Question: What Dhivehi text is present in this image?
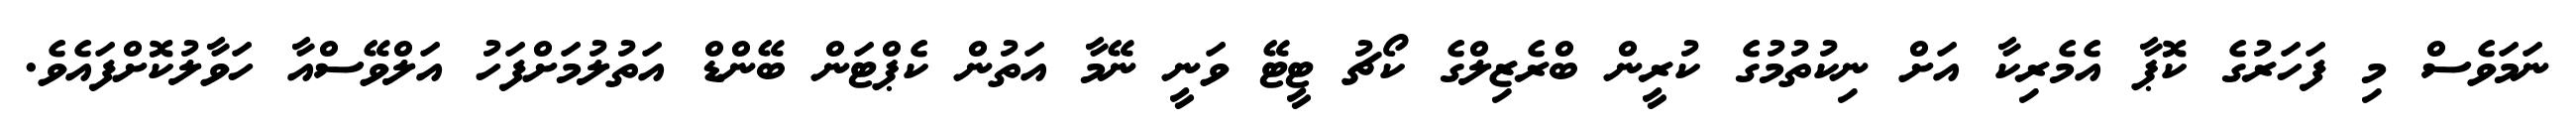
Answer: ނަމަވެސް މި ފަހަރުގެ ކޮޕާ އެމެރިކާ އަށް ނިކުތުމުގެ ކުރީން ބްރެޒިލްގެ ކޯޗު ޓީޓޭ ވަނީ ނޭމާ އަތުން ކެޕްޓަން ބޭންޑް އަތުލުމަށްފަހު އަލްވޭސްއާ ހަވާލުކޮށްފައެވެ.